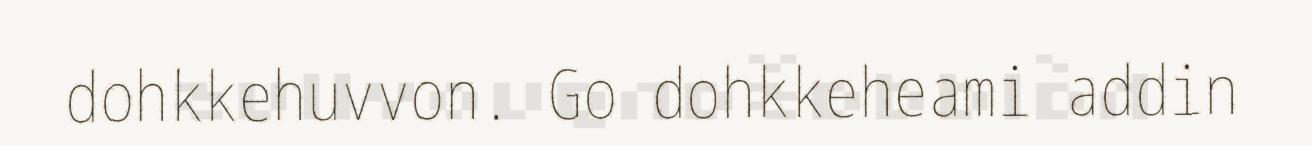
dohkkehuvvon. Go dohkkeheami addin